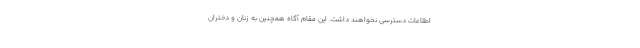
اطلاعات دسترسی نخواهند داشت. این مقام آگاه همچنین به زنان و دختران